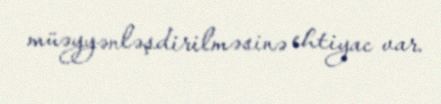
müəyyənləşdirilməsinə ehtiyac var.